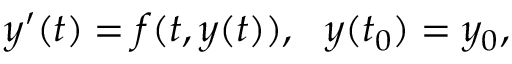
y ^ { \prime } ( t ) = f ( t , y ( t ) ) , \ \ y ( t _ { 0 } ) = y _ { 0 } ,